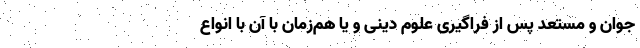
جوان و مستعد پس از فراگیری علوم دینی و یا هم‌زمان با آن با انواع